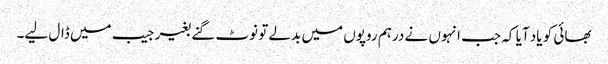
بھائی کو یاد آیا کہ جب انہوں نے درہم روپوں میں بدلے تو نوٹ گنے بغیر جیب میں ڈال لیے۔